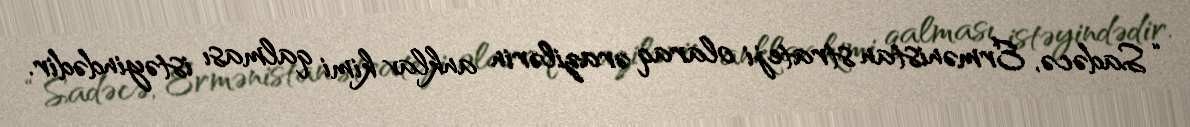
“Sadəcə, Ermənistan strateji olaraq ərazilərin anklav kimi qalması istəyindədir.